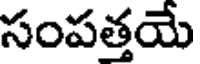
సంపత్తయే